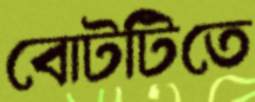
বোটটিতে